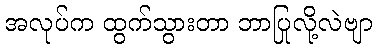
အလုပ်က ထွက်သွားတာ ဘာပြုလို့လဲဗျာ